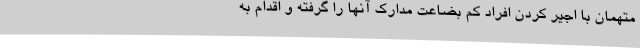
متهمان با اجیر کردن افراد کم بضاعت مدارک آنها را گرفته و اقدام به